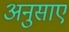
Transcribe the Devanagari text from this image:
अनुसाए